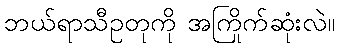
ဘယ်ရာသီဥတုကို အကြိုက်ဆုံးလဲ။